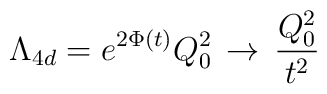
\Lambda_{4d} = e^{2\Phi(t)}Q_0^2 \, \to \, \frac{Q_0^2}{t^2}